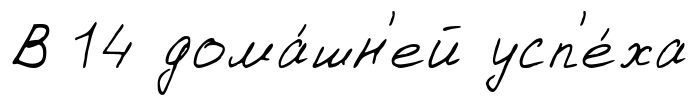
В 14 дома́шн'ей усп'е́ха